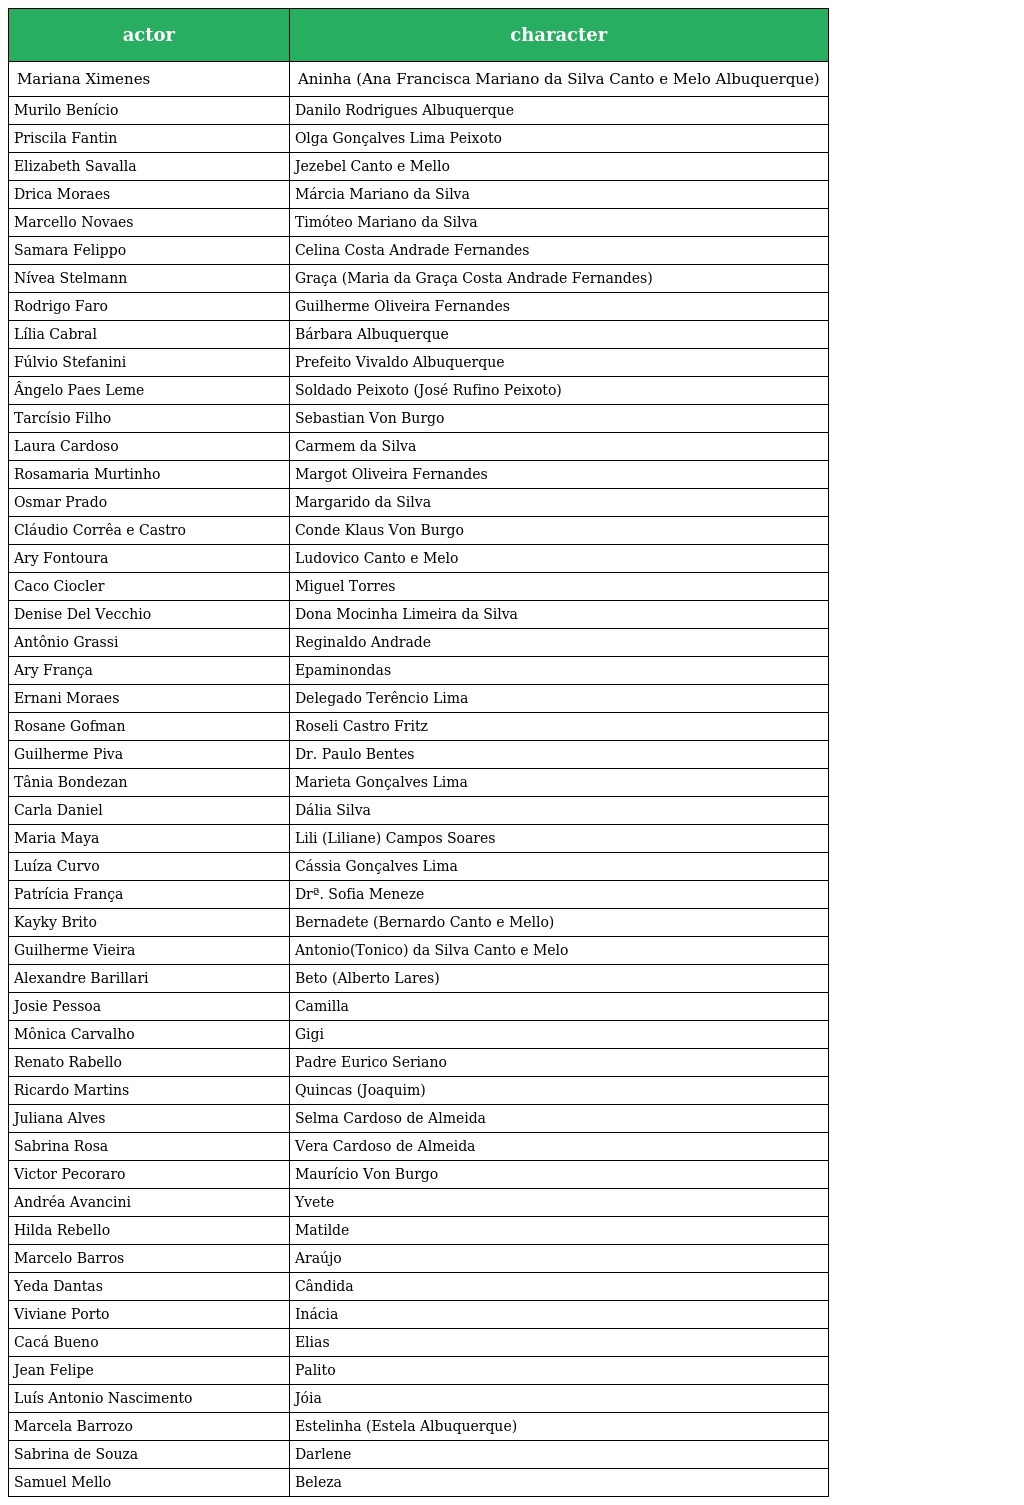
| actor | character |
 | --- | --- |
 | Mariana Ximenes | Aninha (Ana Francisca Mariano da Silva Canto e Melo Albuquerque) |
 | Murilo Benício | Danilo Rodrigues Albuquerque |
 | Priscila Fantin | Olga Gonçalves Lima Peixoto |
 | Elizabeth Savalla | Jezebel Canto e Mello |
 | Drica Moraes | Márcia Mariano da Silva |
 | Marcello Novaes | Timóteo Mariano da Silva |
 | Samara Felippo | Celina Costa Andrade Fernandes |
 | Nívea Stelmann | Graça (Maria da Graça Costa Andrade Fernandes) |
 | Rodrigo Faro | Guilherme Oliveira Fernandes |
 | Lília Cabral | Bárbara Albuquerque |
 | Fúlvio Stefanini | Prefeito Vivaldo Albuquerque |
 | Ângelo Paes Leme | Soldado Peixoto (José Rufino Peixoto) |
 | Tarcísio Filho | Sebastian Von Burgo |
 | Laura Cardoso | Carmem da Silva |
 | Rosamaria Murtinho | Margot Oliveira Fernandes |
 | Osmar Prado | Margarido da Silva |
 | Cláudio Corrêa e Castro | Conde Klaus Von Burgo |
 | Ary Fontoura | Ludovico Canto e Melo |
 | Caco Ciocler | Miguel Torres |
 | Denise Del Vecchio | Dona Mocinha Limeira da Silva |
 | Antônio Grassi | Reginaldo Andrade |
 | Ary França | Epaminondas |
 | Ernani Moraes | Delegado Terêncio Lima |
 | Rosane Gofman | Roseli Castro Fritz |
 | Guilherme Piva | Dr. Paulo Bentes |
 | Tânia Bondezan | Marieta Gonçalves Lima |
 | Carla Daniel | Dália Silva |
 | Maria Maya | Lili (Liliane) Campos Soares |
 | Luíza Curvo | Cássia Gonçalves Lima |
 | Patrícia França | Drª. Sofia Meneze |
 | Kayky Brito | Bernadete (Bernardo Canto e Mello) |
 | Guilherme Vieira | Antonio(Tonico) da Silva Canto e Melo |
 | Alexandre Barillari | Beto (Alberto Lares) |
 | Josie Pessoa | Camilla |
 | Mônica Carvalho | Gigi |
 | Renato Rabello | Padre Eurico Seriano |
 | Ricardo Martins | Quincas (Joaquim) |
 | Juliana Alves | Selma Cardoso de Almeida |
 | Sabrina Rosa | Vera Cardoso de Almeida |
 | Victor Pecoraro | Maurício Von Burgo |
 | Andréa Avancini | Yvete |
 | Hilda Rebello | Matilde |
 | Marcelo Barros | Araújo |
 | Yeda Dantas | Cândida |
 | Viviane Porto | Inácia |
 | Cacá Bueno | Elias |
 | Jean Felipe | Palito |
 | Luís Antonio Nascimento | Jóia |
 | Marcela Barrozo | Estelinha (Estela Albuquerque) |
 | Sabrina de Souza | Darlene |
 | Samuel Mello | Beleza |